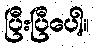
ပြီးပြီပေါ့။